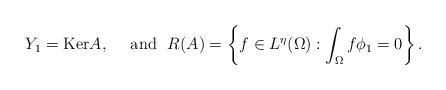
LaTeX: \begin{align*}Y_{1}=\mathrm{Ker}A,\quad\mbox{ and }\ R(A)=\left\{ f\in L^{\eta}(\Omega):\int_{\Omega}f\phi_{1}=0\right\} .\end{align*}